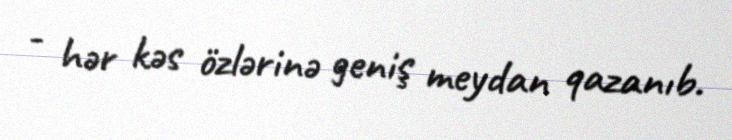
- hər kəs özlərinə geniş meydan qazanıb.